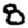
Digit: 8